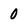
Character: 0